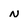
Character: n